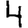
Digit: 4